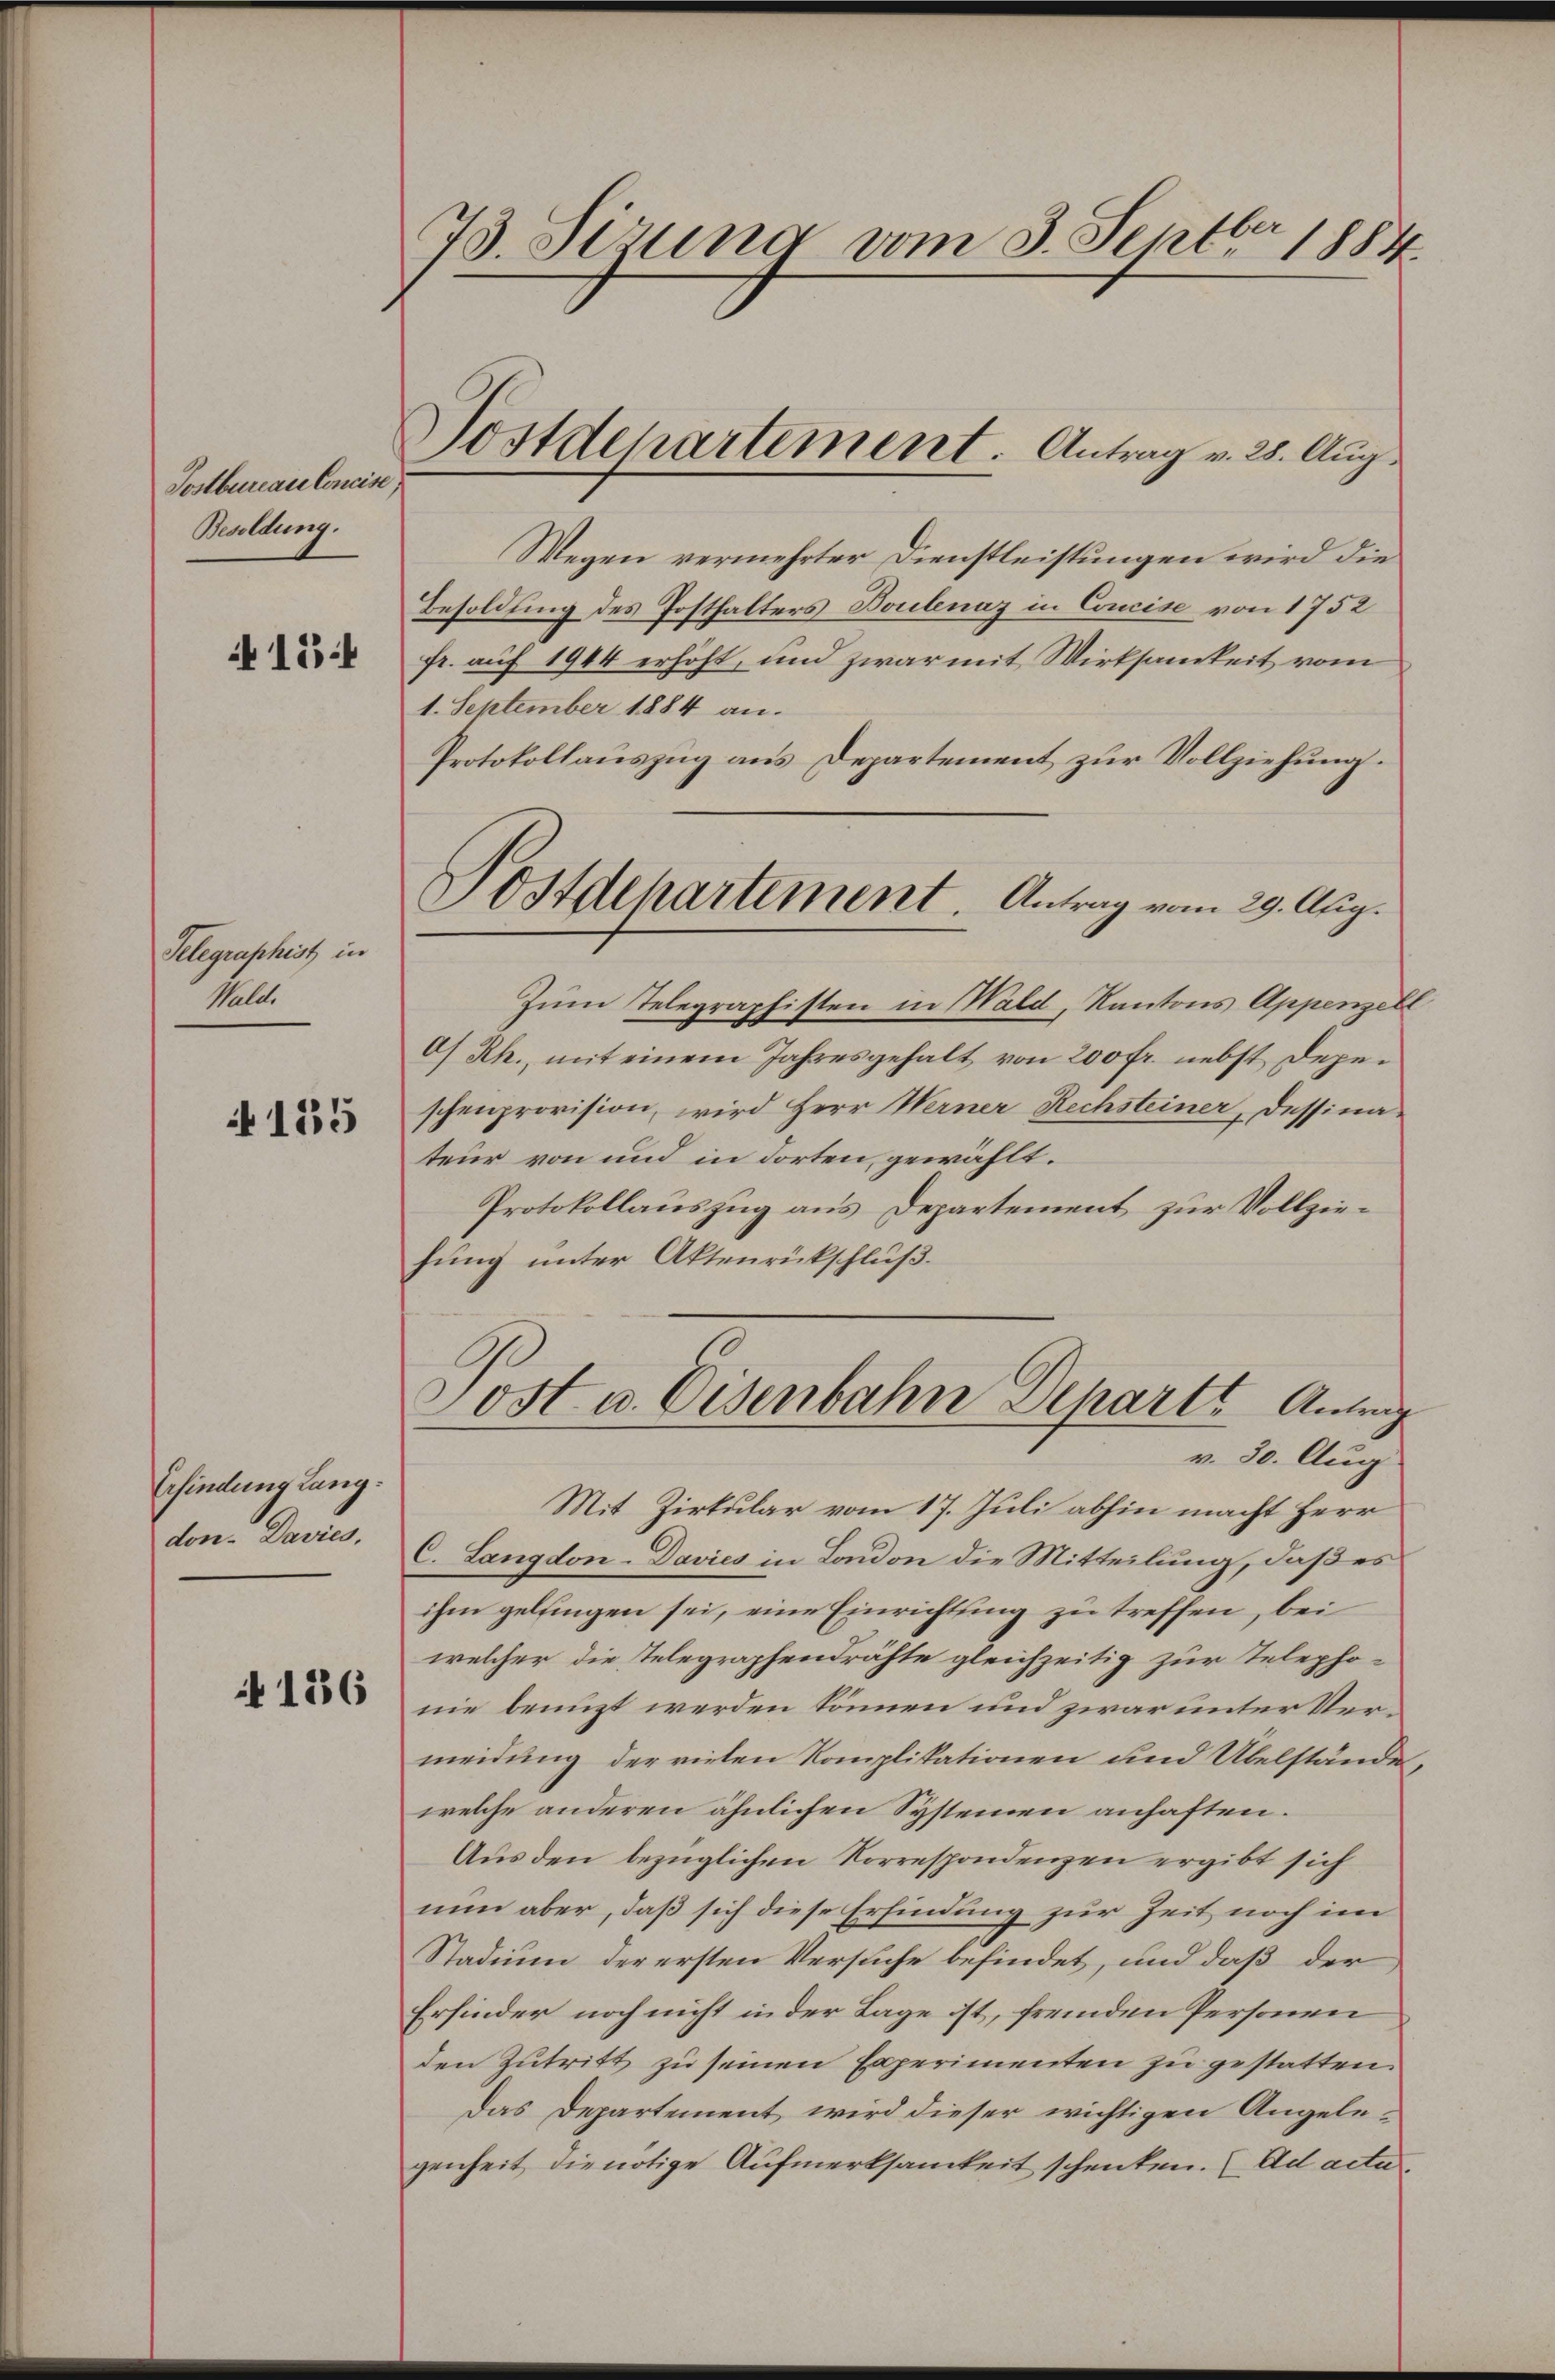
Postbureau Concise.
Besoldung.

154

Telegraphist in
Wald.

N 135

Erfindung Langdon. Davris.

N 136

73. Sisung vom 3. Septbr 1884

Sostdepartement. Antrag v. 28. Aug.

Wegen vermehrter Dienstleistungen wird die
Besoldung des Posthalters Boulenaz in Concise von 1752
fr. auf 1944 erhöht, und zwar mit Wirksamkeit vom
1. September 1884 an.
Protokollauszug aus Departement zur Vollziehung.
Zum Telegraphisten in Mald, Kantons Appenzell
O Rh., mit einem Jahresgehalt von 200 fr. nebst depeschenprovision, wird Herr Werner Rechsteiner, Dessinateur von und in dorten, gewählt.
Protokollauszug aus Departement zur Vollziehung unter Aktenrückschluß.
Jost u. Eisenbahn Dcharts Antrag
v. 30. Aug
Mit Zirkular vom 17. Juli abhin macht Herr
C. Langdon-Davies in London die Mitteilung, daß es
ihm gelfingen sei, eine Einrichtung zu treffen, bei
welcher die Telegraphendrähte gleichzeitig zur Telephonie benuzt werden können und zwar unter Vermeidung der vielen Komplikationen und Übelstände,
welche anderen ähnlichen Systemen anhaften.
Aus den bezüglichen Korrespondenzen ergibt sich
nun aber, daß sich diese Erfindung zur Zeit noch im
Stadium der ersten Versuche befindet, und daß der
Erfinder noch nicht in der Lage ist, fremden Personen
den Zutritt zu seinen Experimenten zu gestatten.
Das Departement wird dieser wichtigen Angelegenheit die nötige Aufmerksamkeit schenken. (Ad acta

Postdepartement. Antrag vom 29. Aug.